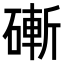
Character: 𥕌